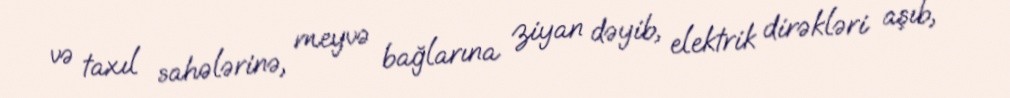
və taxıl sahələrinə, meyvə bağlarına ziyan dəyib, elektrik dirəkləri aşıb,